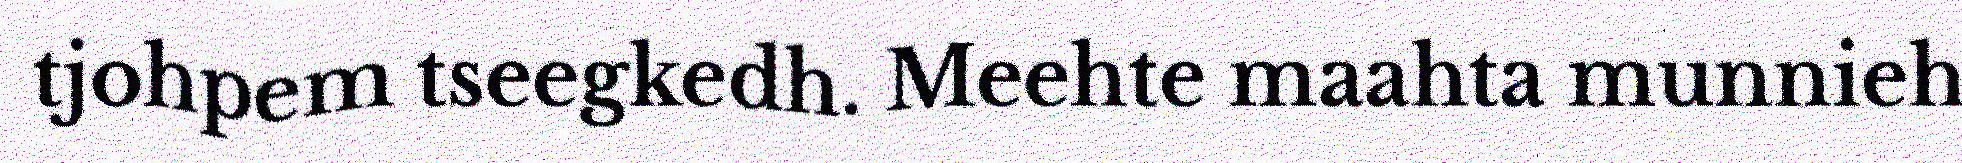
tjohpem tseegkedh. Meehte maahta munnieh